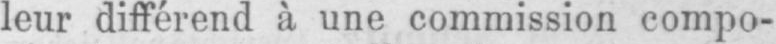
leur différend à une commission compo-